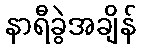
နာရီခွဲအချိန်